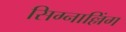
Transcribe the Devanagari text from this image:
सिग्नाल्लिंग